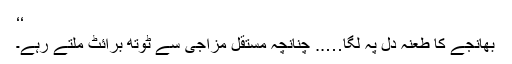
‘‘
بھانجے کا طعنہ دل پہ لگا….. چنانچہ مستقل مزاجی سے ٹوتھ برائٹ ملتے رہے۔